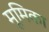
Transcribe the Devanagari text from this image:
मूमिका